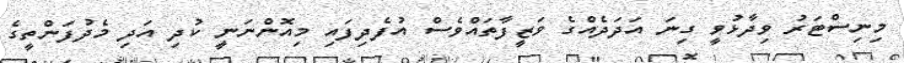
މިނިސްޓަރު ވިދާޅުވީ ގިނަ އަދަދެއްގެ ވަޒީފާތައްވެސް އުފެދިފައި މިއޮންނަނީ ކުދި އަދި މެދުފަންތީގެ